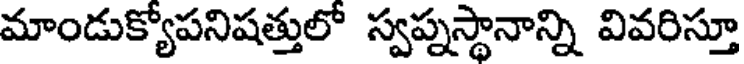
మాండుక్యోపనిషత్తులో స్వప్నస్థానాన్ని వివరిస్తూ